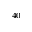
^ { 4 0 }